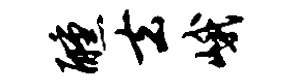
醺去峨